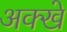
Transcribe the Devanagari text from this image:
अक्खे